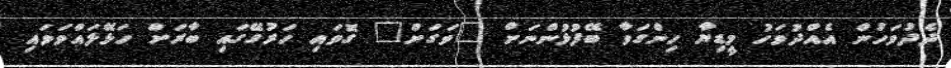
ދެދުވަހުން އެއްދުވަހު މީޑިޔާ ހިންގަވާ ބޭފުޅުންނަށް "ވަގަށް" ގޮވައި ހަރުގޭގައި ބާރަށް ހަޅޭލައްވަވައި